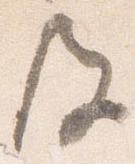
及